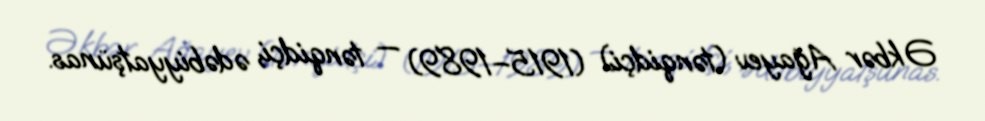
Əkbər Ağayev (tənqidçi) (1915–1989) — tənqidçi, ədəbiyyatşünas.